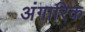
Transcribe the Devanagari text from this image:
अंगारिक